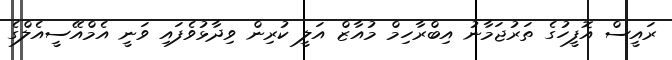
ރައީސް އޮފީހުގެ ތަރުޖަމާނު އިބްރާހިމް މުއާޒް އަލީ ކުރިން ވިދާޅުވެފައި ވަނީ އެމްއޭސީއެލްގެ